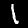
Label: 1